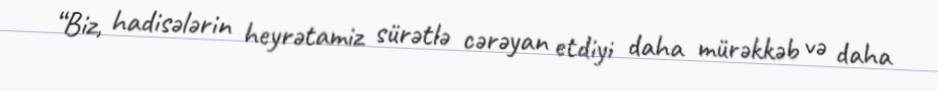
“Biz, hadisələrin heyrətamiz sürətlə cərəyan etdiyi daha mürəkkəb və daha